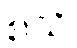
စသိ